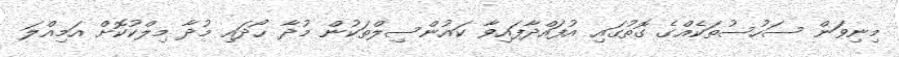
މިނިވަން ސަހުސުތަކެއްގެ ގޮތުގައި އުފައްދާފައިވާ ކައުންސިލްތަކުން މުދާ ހޯދައި މުދާ މިލްކުކޮށް އަމިއްލަ